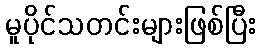
မူပိုင်သတင်းများဖြစ်ပြီး